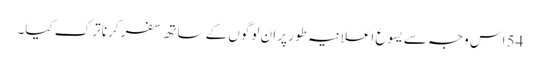
54 اس وجہ سے یسوع اعلانیہ طور پر ان لوگوں کے ساتھ سفر کرنا ترک کیا۔